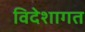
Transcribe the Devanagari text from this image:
विदेशागत